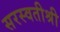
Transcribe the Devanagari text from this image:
सरस्वतीश्री